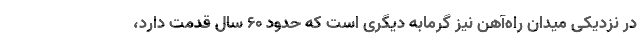
در نزدیکی میدان راه‌آهن نیز گرمابه دیگری است که حدود ۶۰ سال قدمت دارد،